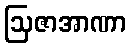
ဩဇာအာဏာ